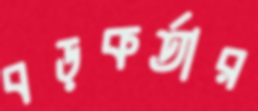
বড়কর্তার